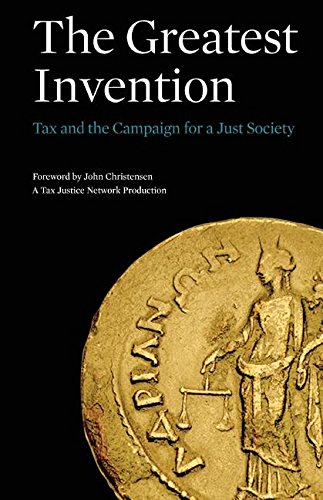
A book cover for The Greatest Invention: Tax and the Campaign for a Just Society; Business & Money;